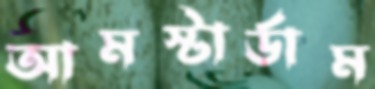
আমস্টার্ডাম